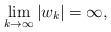
LaTeX: \begin{align*}\lim_{k\to\infty}|w_k|=\infty,\end{align*}